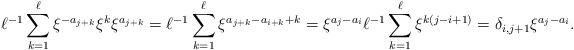
LaTeX: \begin{align*}\ell^{-1} \sum_{k=1}^{\ell} \xi^{-a_{j+k}} \xi^k \xi^{a_{j+k}}=\ell^{-1} \sum_{k=1}^{\ell} \xi^{a_{j+k}-a_{i+k}+k}=\xi^{a_j-a_i}{\ell}^{-1}\sum_{k=1}^{\ell} \xi^{k(j-i+1)}=\delta_{i,j+1} \xi^{a_j-a_i}.\end{align*}